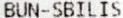
BUN-SBILIS